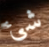
شئ